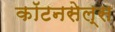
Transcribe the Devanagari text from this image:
कॉटनसेल्स